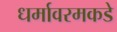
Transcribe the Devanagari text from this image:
धर्मावरमकडे